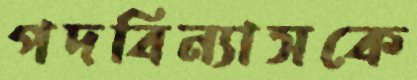
পদবিন্যাসকে